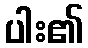
ပါး၏